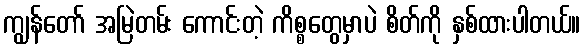
ကျွန်တော် အမြဲတမ်း ကောင်းတဲ့ ကိစ္စတွေမှာပဲ စိတ်ကို နှစ်ထားပါတယ်။